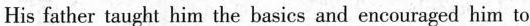
His father taught him the basics and encouraged him to